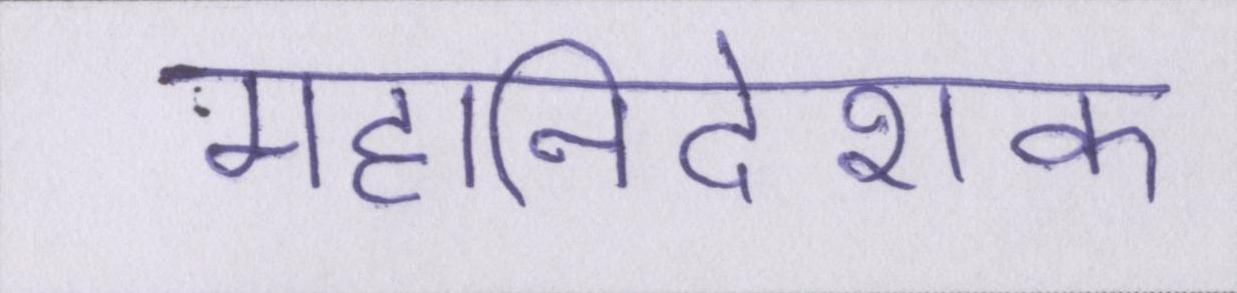
महानिदेशक